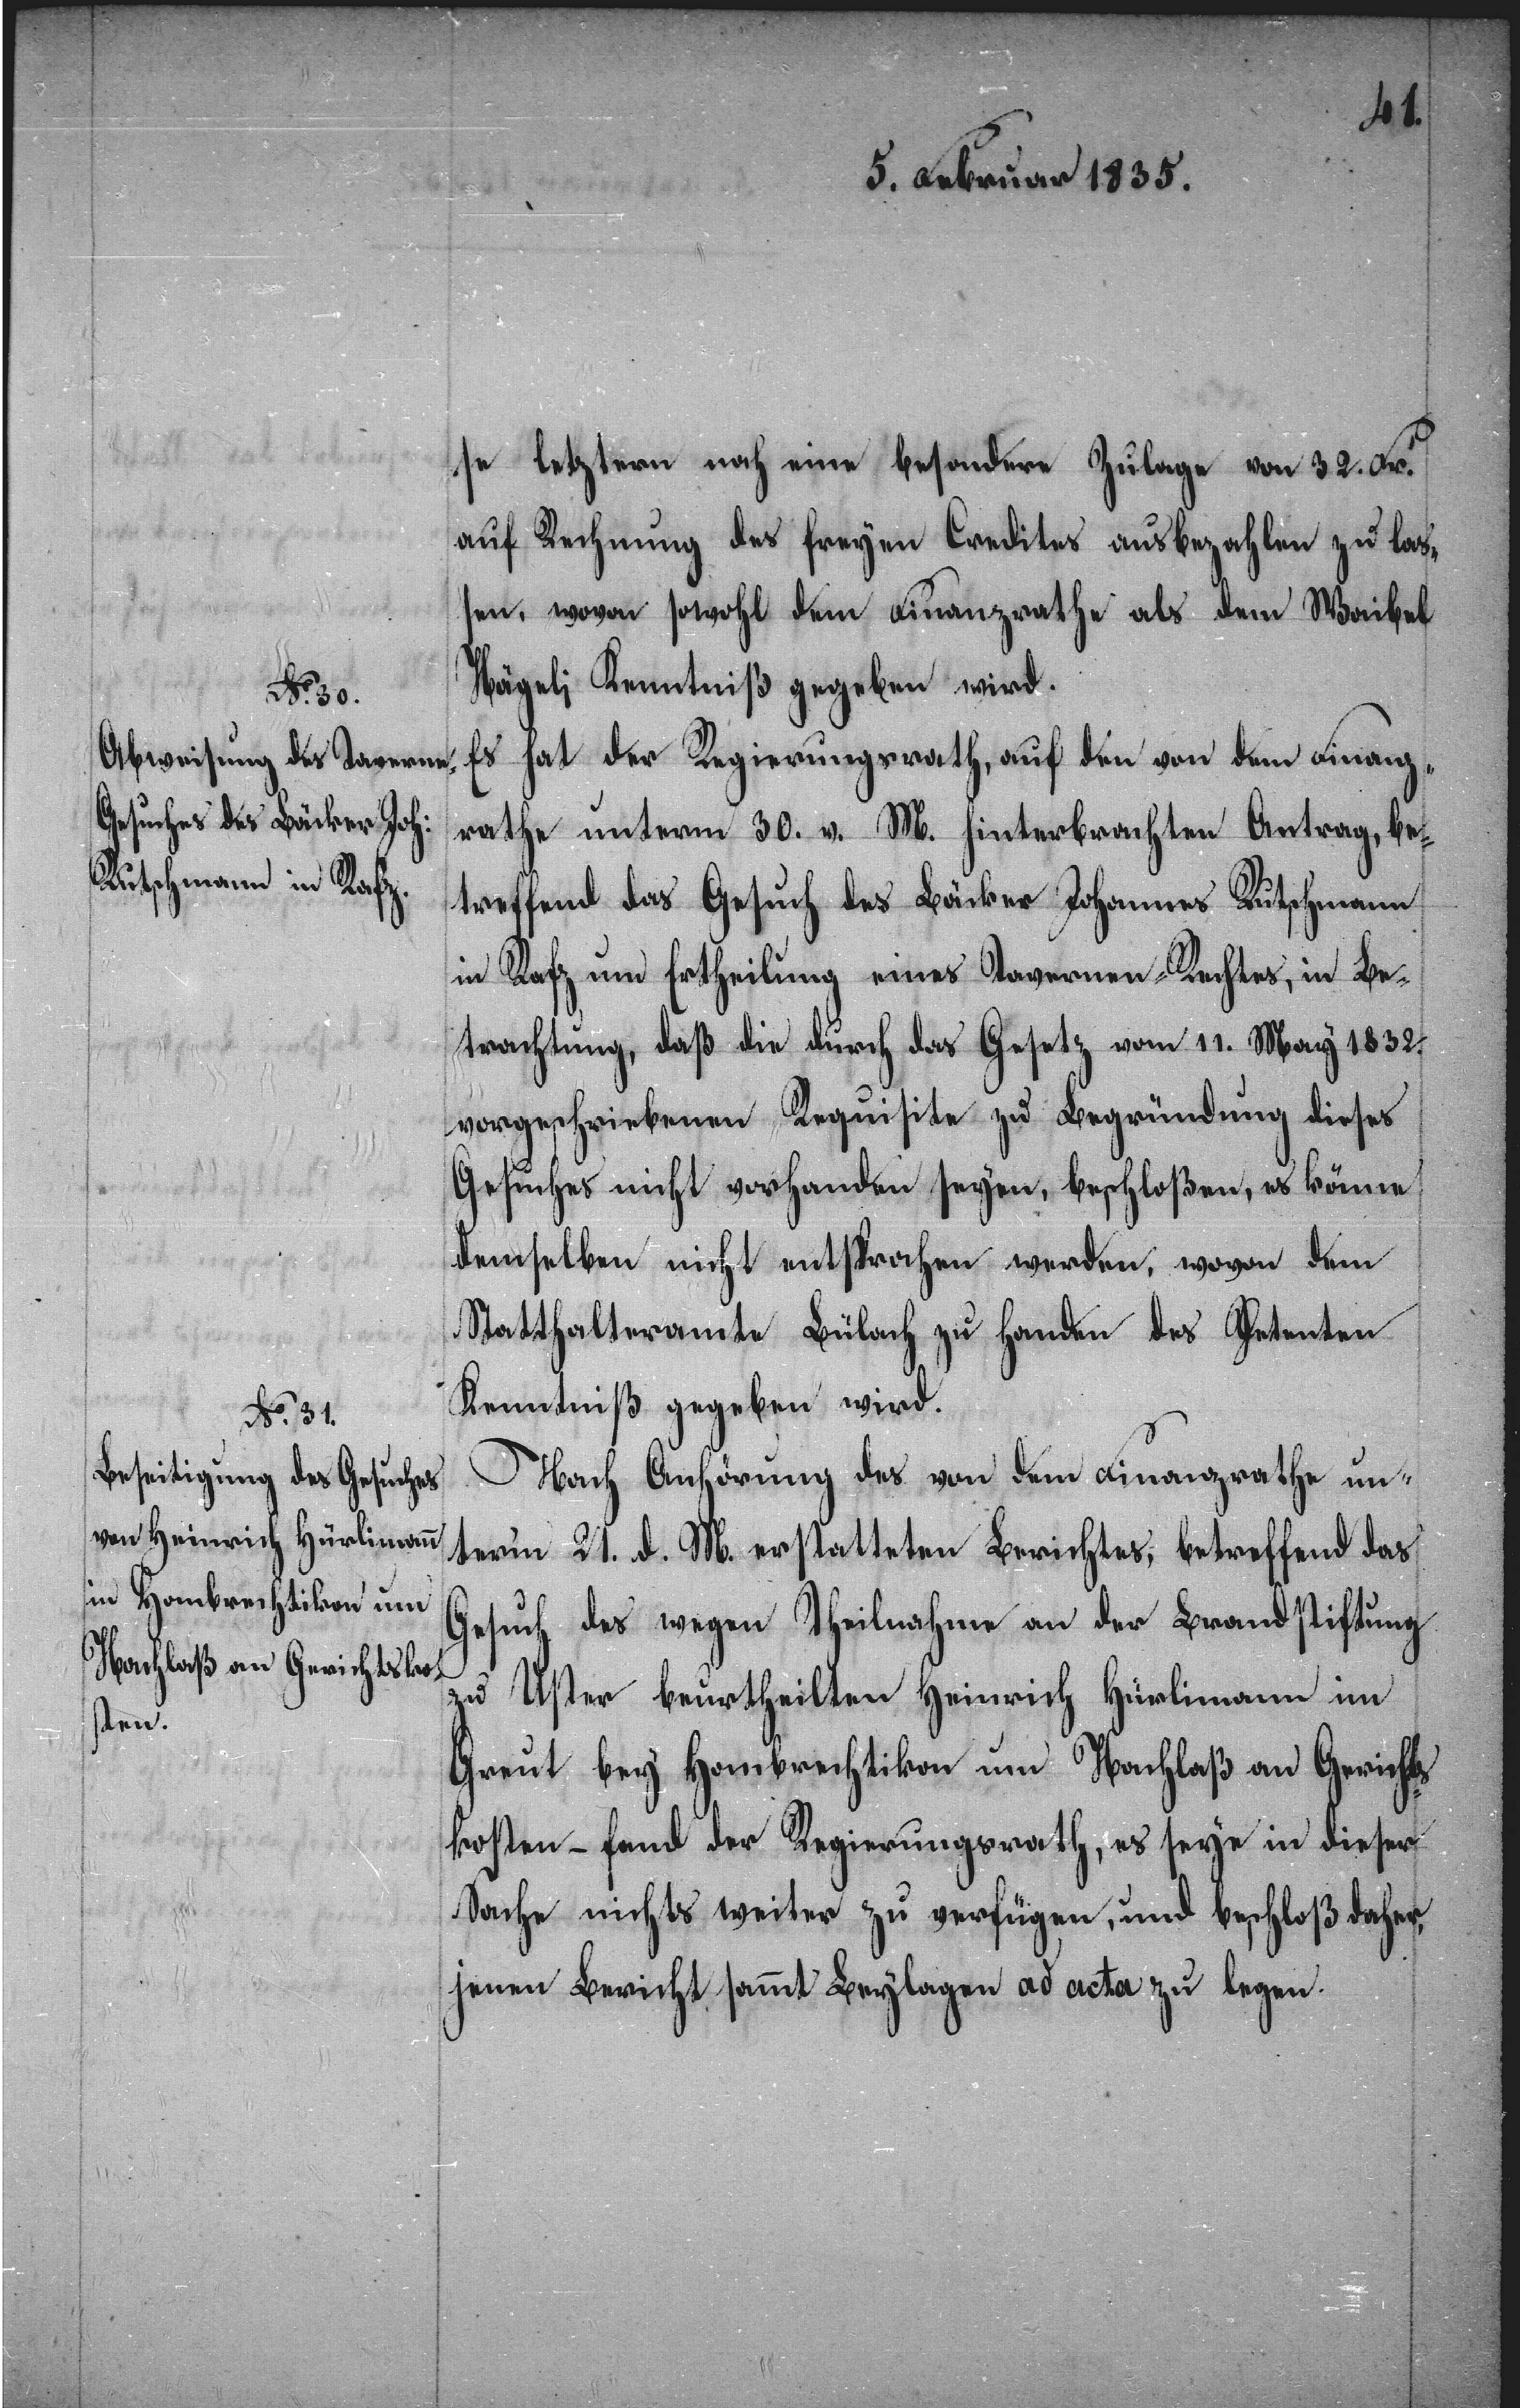
se letztern noch eine besondere Zulage von 32. Fr.
auf Rechnung des freyen Credites ausbezahlen zu laß¬
en, wovon sowohl dem Finanzrathe als dem Waibel
Nägeli Kenntniß gegeben wird.
Es hat der Regierungsrath, auf den von dem Finanz¬
rathe unterm 30. v. M. hinterbrachten Antrag, be¬
treffend das Gesuch des Bäcker Johannes Rutschmann
in Rafz um Ertheilung eines Tavernen-Rechtes, in Be¬
trachtung, daß die durch das Gesetz vom 11. März 1832.
vorgeschriebenen Requisiten zu Begründung dieses
Gesuches nicht vorhanden seyen, beschloßen, es könne
demselben nicht entsprochen werden, wovon dem
Statthalteramte Bülach zu Handen des Petenten
Kenntniß gegeben wird.
Nach Anhörung des von dem Finanzrathe un¬
term 21. d. M. erstatteten Berichtes, betreffend das
Gesuch des wegen Theilnahme an der Brandstiftung
zu Uster beurtheilten Heinrich Hürlimann im
Greut bey Hombrechtikon um Nachlaß an Gerichts¬
kosten – fand der Regierungsrath, es seye in dieser
Sache nichts weiter zu verfügen, und beschloß daher,
jenen Bericht sammt Beylagen ad acta zu legen.